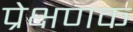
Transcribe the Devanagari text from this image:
प्रेक्षणक